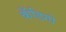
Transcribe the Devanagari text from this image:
कँडिगो